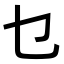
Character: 乜